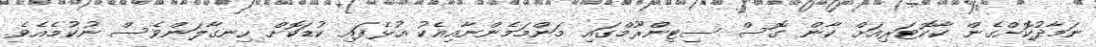
ނަމާދުކޮށްގެން ކާކޮޓަރިއަށް ކާން ގޮސް ސިޓިންރޫމްގައި މަންމަމެންނާއިއެކު އުޅެފައި ކުޑަކޮށް ހިނގާލަންވެސް ނުކުމެއެވެ.